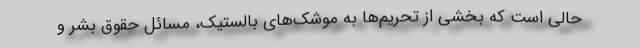
حالی است که بخشی از تحریم‌ها به موشک‌های بالستیک، مسائل حقوق بشر و